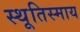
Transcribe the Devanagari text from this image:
स्थूतिस्माय